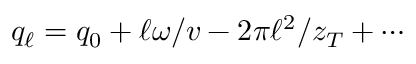
q _ { \ell } = q _ { 0 } + \ell \omega / v - 2 \pi \ell ^ { 2 } / z _ { T } + \cdots